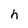
Character: h